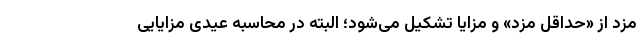
مزد از «حداقل مزد» و مزایا تشکیل می‌شود؛ البته در محاسبه عیدی مزایایی